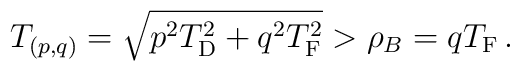
T_{(p,q)} =  \sqrt{p^2_{\vphantom D} T_{\rm D}^2 + q^2_{\vphantom D}T_{\rm F}^2} > \rho_B = qT_{\rm F} \, .